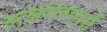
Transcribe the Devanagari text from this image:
अजमेरमार्गे